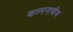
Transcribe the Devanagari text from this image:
कल्पनाबीज